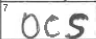
Transcription: OCS